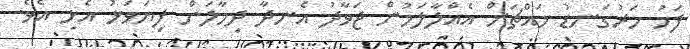
ފަހު ހަރުގަނޑު މައްޗަށް އެއްލާލަމުން ޖަވާދު އެނދާ ދިމާލަށް ފިޔަވަޅު އެޅި އެވެ.